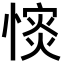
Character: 𢠡